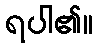
ရပါ၏။